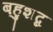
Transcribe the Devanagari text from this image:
बहुशब्द